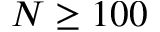
N \geq 1 0 0